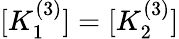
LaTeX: [K_{1}^{(3)}]=[K_{2}^{(3)}]